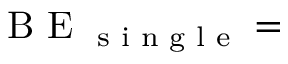
\textrm { B E } _ { \textrm { s i n g l e } } =